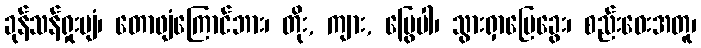
ခုန်သန်ရှုးပျံ၊ တောဖျံကြောင်ဘား၊ တိုး, ကျား, မြွေပါ၊ သွားရှာမြေခွေး၊ စည်းဝေးအတူ၊